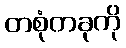
တစုံတခုကို